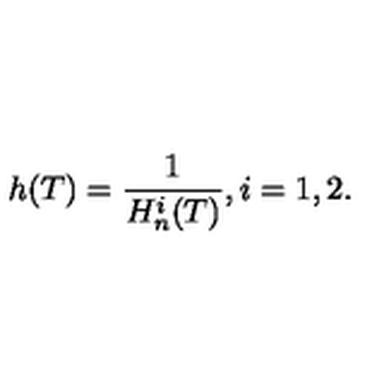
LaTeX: h ( T ) = \frac { 1 } { H _ { n } ^ { i } ( T ) } , i = 1 , 2 .